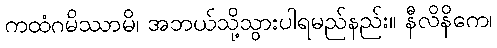
ကထံဂမိဿာမိ၊ အဘယ်သို့သွားပါရမည်နည်း။ နီလိနိကေ၊